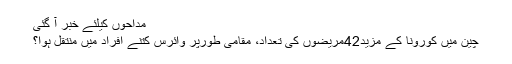
مداحوں کیلئے خبر آ گئی
چین میں کورونا کے مزید42مریضوں کی تعداد، مقامی طورپر وائرس کتنے افراد میں منتقل ہوا؟